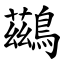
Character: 鷀